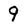
Character: 9